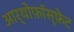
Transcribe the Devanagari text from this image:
आर्थोफ़ॉस्फ़ेट